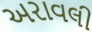
અરાવલી